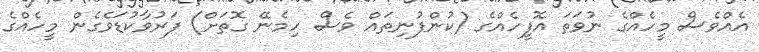
އެއްވެސް މީހެއްގެ ނުވަތަ އޮފީހެއްގެ (ކުންފުނިތައް ވެސް ހިމެނޭ ގޮތަށް) ފަރުވާކުޑަވެގެން މީހެއްގެ